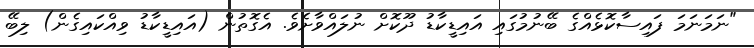
"ނަމަނަމަ ފައިސާކޮޅެއްގެ ބޭނުމުގައި އައިޑީކާޑު ދޫކޮށް ނުލައްވާށެވެ. އެގޮތުން (އައިޑީކާޑު ވިއްކައިގެން) ލިބޭ